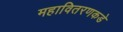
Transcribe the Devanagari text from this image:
महावितरणकडे